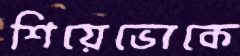
শিয়েভোকে